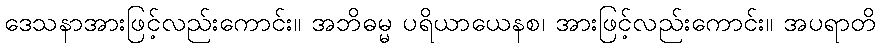
ဒေသနာအားဖြင့်လည်းကောင်း။ အဘိဓမ္မ ပရိယာယေနစ၊ အားဖြင့်လည်းကောင်း။ အပရာတိ